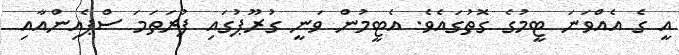
އީ ގެ އެއްވަނަ ޓީމުގެ ގޮތުގައެވެ. އެޓީމުން ވަނީ ގުރޫޕުގައި ފުރަތަމަ ސްޕެއިންއާއި